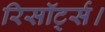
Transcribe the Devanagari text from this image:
रिसॉर्ट्स।